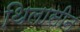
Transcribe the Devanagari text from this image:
थिलासीन